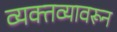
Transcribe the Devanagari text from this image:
व्यक्तव्यावरून